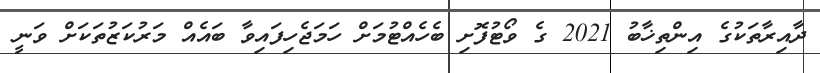
ދާއިރާތަކުގެ އިންތިޚާބު 2021 ގެ ވޯޓުފޮށި ބެހެއްޓުމަށް ހަމަޖެހިފައިވާ ބައެއް މަރުކަޒުތަކަށް ވަނީ